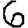
Digit: 6